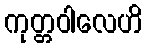
ကုတ္တဝါလေဟိ